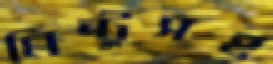
মিন্টুসহ